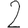
Digit: 2